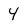
Character: Y